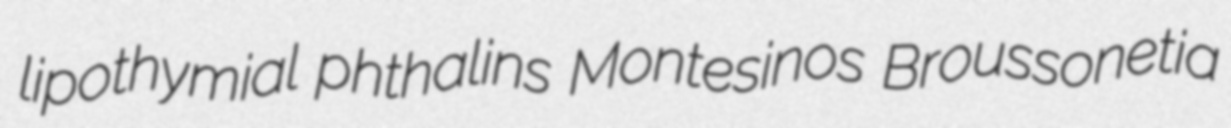
lipothymial phthalins Montesinos Broussonetia